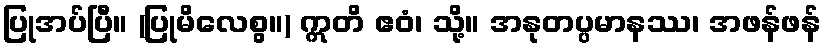
ပြုအပ်ပြီ။ (ပြုမိလေစွ။) ဣတိ ဧဝံ၊ သို့။ အနုတပ္ပမာနဿ၊ အဖန်ဖန်